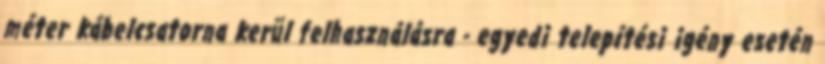
méter kábelcsatorna kerül felhasználásra - egyedi telepítési igény esetén